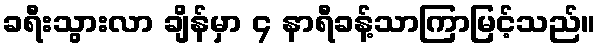
ခရီးသွားလာ ချိန်မှာ ၄ နာရီခန့်သာကြာမြင့်သည်။